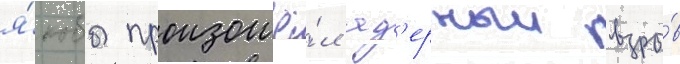
я́кобы произошё́л яд'ерныи взры́в